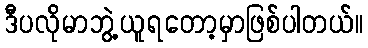
ဒီပလိုမာဘွဲ့ယူရတော့မှာဖြစ်ပါတယ်။